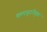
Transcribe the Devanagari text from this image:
कम्‍पयूटरीकृत